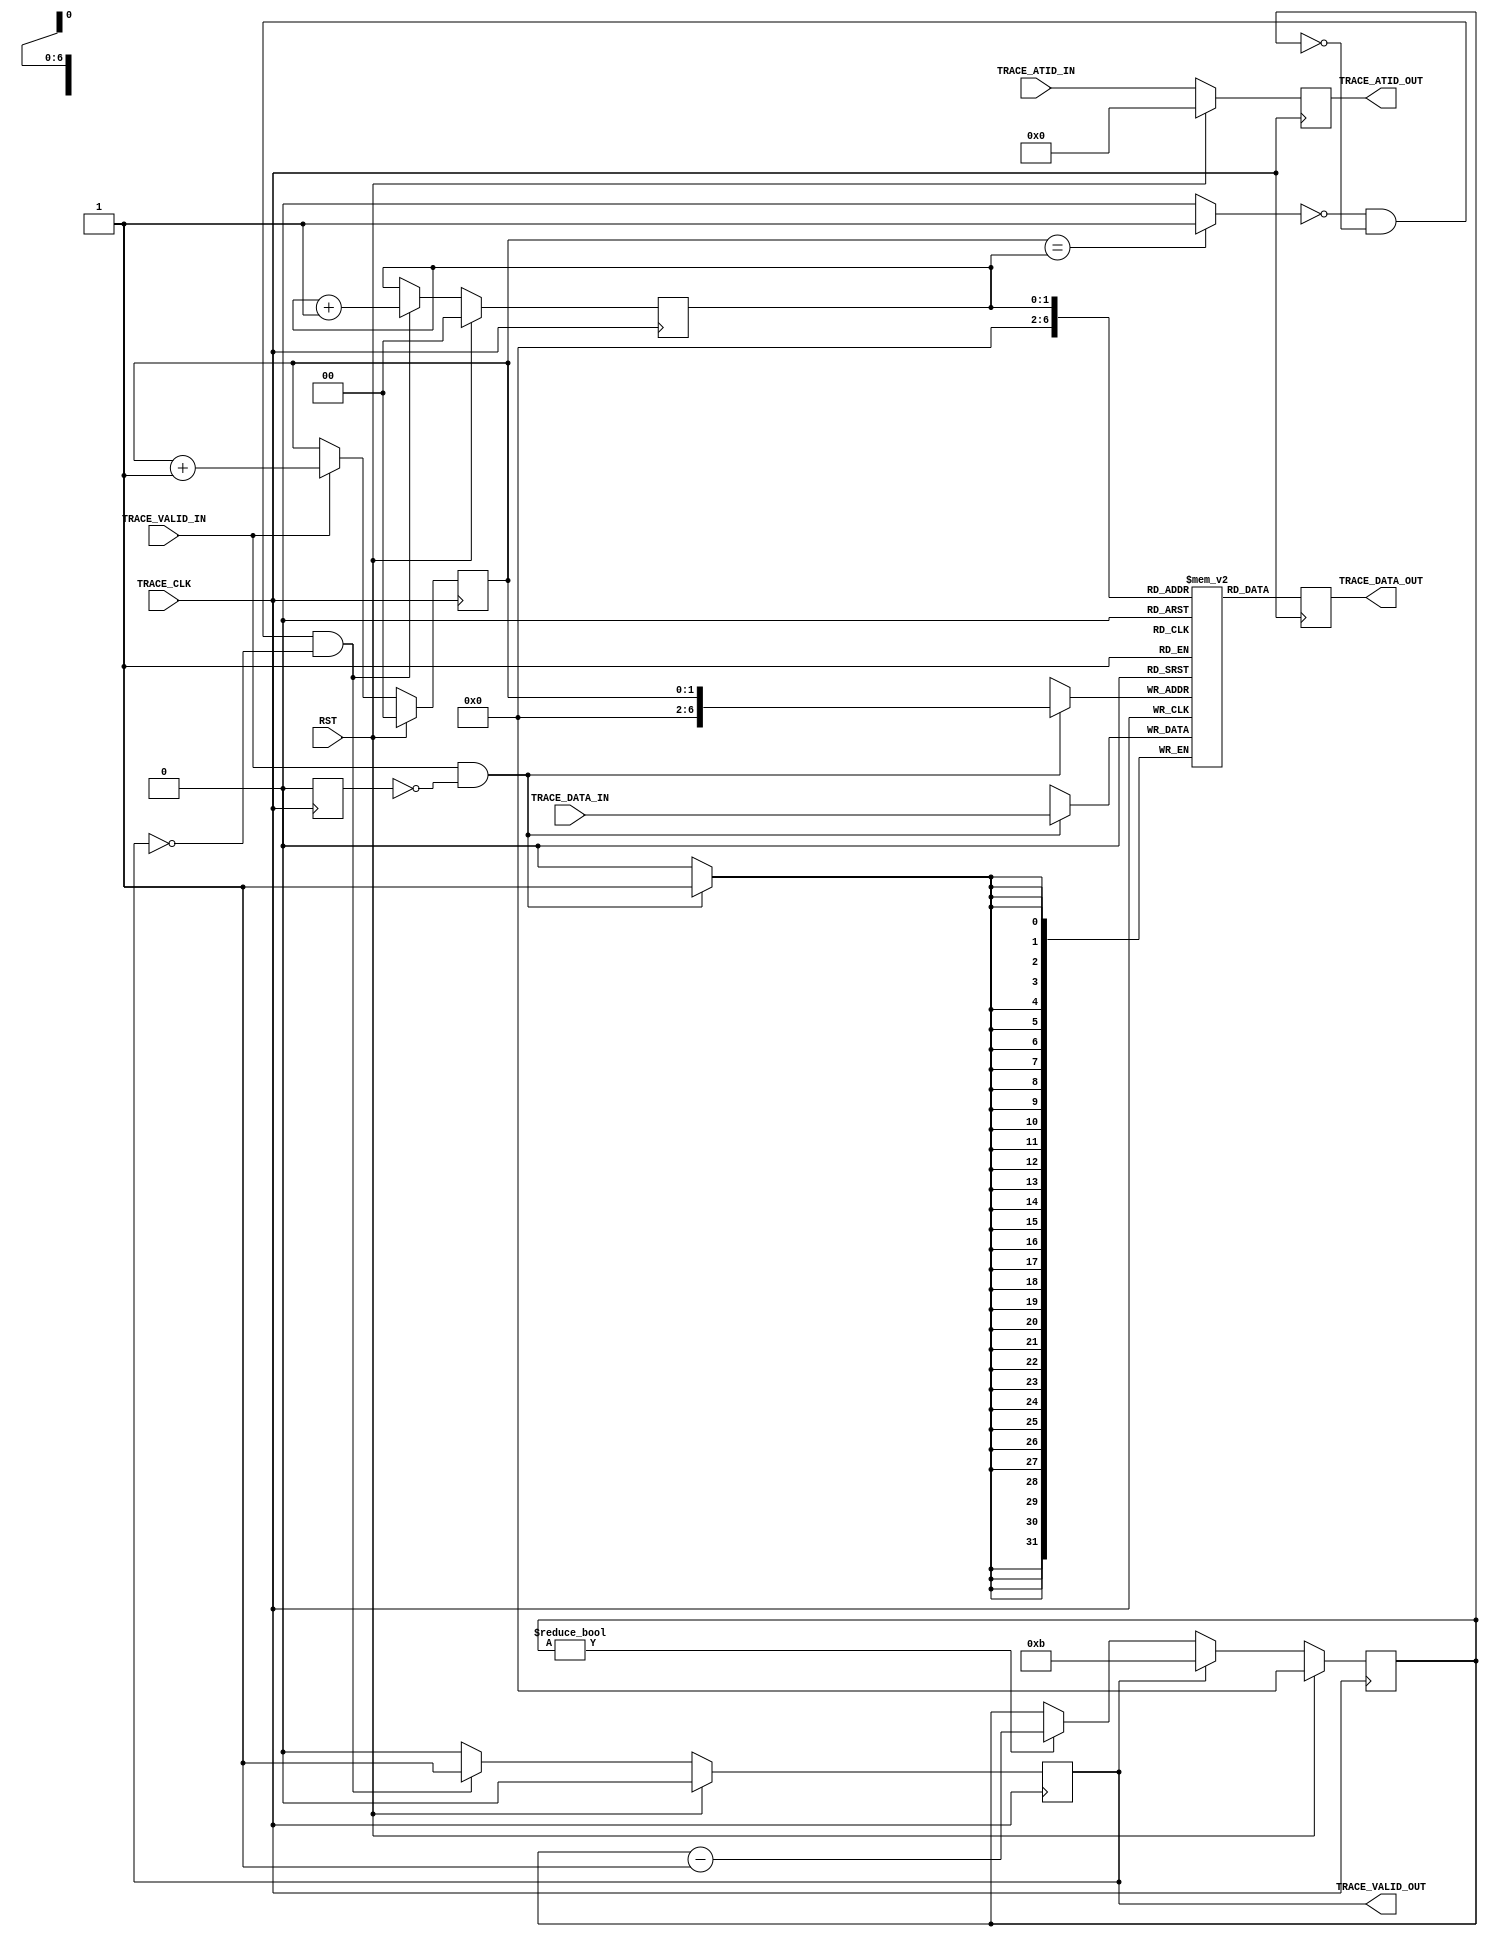
module processing_system7_v5_5_trace_buffer #
  (
   parameter integer FIFO_SIZE = 128,
	parameter integer USE_TRACE_DATA_EDGE_DETECTOR = 0,
   parameter integer C_DELAY_CLKS = 12
   )
  (
   input wire TRACE_CLK,
   input wire RST,
   input wire TRACE_VALID_IN,
   input wire [3:0] TRACE_ATID_IN,
   input wire [31:0] TRACE_DATA_IN,
   output wire TRACE_VALID_OUT,
   output wire [3:0] TRACE_ATID_OUT,
   output wire [31:0] TRACE_DATA_OUT
  );

//------------------------------------------------------------
// Architecture section
//------------------------------------------------------------

// function called clogb2 that returns an integer which has the 
// value of the ceiling of the log base 2.

function integer clogb2 (input integer bit_depth);
 integer i;
 integer temp_log;
 begin
  temp_log = 0;
  for(i=bit_depth; i > 0; i = i>>1)
  clogb2 = temp_log;
  temp_log=temp_log+1;		
 end
endfunction

localparam DEPTH  = clogb2(FIFO_SIZE-1);

wire [31:0] reset_zeros;
reg  [31:0] trace_pedge; // write enable for FIFO
reg  [31:0] ti;
reg  [31:0] tom;

reg  [3:0] atid;

reg [31:0] trace_fifo [FIFO_SIZE-1:0];//Memory 

reg  [4:0]  dly_ctr;
reg  [DEPTH-1:0]  fifo_wp;
reg  [DEPTH-1:0]  fifo_rp;

reg         fifo_re;
wire        fifo_empty;
wire        fifo_full;
reg         fifo_full_reg;

assign reset_zeros = 32'h0;  


// Pipeline Stage for Traceport ATID ports
  always @(posedge TRACE_CLK) begin
    // process pedge_ti
    // rising clock edge
    if((RST == 1'b1)) begin
      atid <= reset_zeros;
    end
    else begin	 
      atid <= TRACE_ATID_IN;
	 end
  end

  assign TRACE_ATID_OUT = atid;
  
  /////////////////////////////////////////////
  // Generate FIFO data based on TRACE_VALID_IN
  /////////////////////////////////////////////
  generate
    if (USE_TRACE_DATA_EDGE_DETECTOR == 0) begin : gen_no_data_edge_detector
  /////////////////////////////////////////////
        
		  // memory update process
		  // Update memory when positive edge detected and FIFO not full
		  always @(posedge TRACE_CLK) begin
				if (TRACE_VALID_IN == 1'b1 && fifo_full_reg != 1'b1) begin
					trace_fifo[fifo_wp]  <= TRACE_DATA_IN;
				end
		  end

		  // fifo write pointer
		  always @(posedge TRACE_CLK) begin
				// process
			 if(RST == 1'b1) begin
				fifo_wp <= {DEPTH{1'b0}};
			 end
			 else if(TRACE_VALID_IN ) begin
				if(fifo_wp == (FIFO_SIZE - 1)) begin
				  if (fifo_empty) begin
					 fifo_wp <= {DEPTH{1'b0}};
				  end
				end
				else begin
				  fifo_wp <= fifo_wp + 1;
				end
			 end
		  end


  /////////////////////////////////////////////
  // Generate FIFO data based on data edge
  /////////////////////////////////////////////
    end else begin : gen_data_edge_detector
  /////////////////////////////////////////////


		  // purpose: check for pos edge on any trace input
		  always @(posedge TRACE_CLK) begin
			 // process pedge_ti
			 // rising clock edge
			 if((RST == 1'b1)) begin
				ti          <= reset_zeros;
				trace_pedge <= reset_zeros;
			 end
			 else begin
				ti          <= TRACE_DATA_IN;
				trace_pedge <= (~ti & TRACE_DATA_IN);
				//trace_pedge <= ((~ti ^ TRACE_DATA_IN)) &  ~ti;
				// posedge only
			 end
		  end
		  
		  // memory update process
		  // Update memory when positive edge detected and FIFO not full
		  always @(posedge TRACE_CLK) begin
			 if(|(trace_pedge)  == 1'b1 && fifo_full_reg != 1'b1) begin
				trace_fifo[fifo_wp]  <= trace_pedge;
			 end
		  end

		  // fifo write pointer
		  always @(posedge TRACE_CLK) begin
				// process
			 if(RST == 1'b1) begin
				fifo_wp <= {DEPTH{1'b0}};
			 end
			 else if(|(trace_pedge)  == 1'b1) begin
				if(fifo_wp == (FIFO_SIZE - 1)) begin
				  if (fifo_empty) begin
					 fifo_wp <= {DEPTH{1'b0}};
				  end
				end
				else begin
				  fifo_wp <= fifo_wp + 1;
				end
			 end
		  end


    end
  endgenerate


  always @(posedge TRACE_CLK) begin
    tom <= trace_fifo[fifo_rp] ;
  end


//  // fifo write pointer
//  always @(posedge TRACE_CLK) begin
//      // process
//    if(RST == 1'b1) begin
//      fifo_wp <= {DEPTH{1'b0}};
//    end
//    else if(|(trace_pedge)  == 1'b1) begin
//      if(fifo_wp == (FIFO_SIZE - 1)) begin
//        fifo_wp <= {DEPTH{1'b0}};
//      end
//      else begin
//        fifo_wp <= fifo_wp + 1;
//      end
//    end
//  end


  // fifo read pointer update
  always @(posedge TRACE_CLK) begin
    if(RST == 1'b1) begin
      fifo_rp <= {DEPTH{1'b0}};
      fifo_re <= 1'b0;
    end
    else if(fifo_empty != 1'b1 && dly_ctr == 5'b00000 && fifo_re == 1'b0) begin
      fifo_re <= 1'b1;
      if(fifo_rp == (FIFO_SIZE - 1)) begin
        fifo_rp <= {DEPTH{1'b0}};
      end
      else begin
        fifo_rp <= fifo_rp + 1;
      end
    end
    else begin
      fifo_re <= 1'b0;
    end
  end
  
  // delay counter update
  always @(posedge TRACE_CLK) begin
    if(RST == 1'b1) begin
      dly_ctr <= 5'h0;
    end
    else if (fifo_re == 1'b1) begin
      dly_ctr <= C_DELAY_CLKS-1;
    end
    else if(dly_ctr != 5'h0) begin
      dly_ctr <= dly_ctr - 1;
    end
  end

  // fifo empty update
  assign fifo_empty = (fifo_wp == fifo_rp) ? 1'b1 : 1'b0;

  // fifo full update
  assign fifo_full = (fifo_wp == FIFO_SIZE-1)? 1'b1 : 1'b0;

  always @(posedge TRACE_CLK) begin
    if(RST == 1'b1) begin
      fifo_full_reg <= 1'b0;
    end
    else if (fifo_empty) begin
      fifo_full_reg <= 1'b0;
	 end else begin	
      fifo_full_reg <= fifo_full;
    end
  end  
  
//  always @(posedge TRACE_CLK) begin
//    if(RST == 1'b1) begin
//      fifo_full_reg <= 1'b0;
//    end
//    else if ((fifo_wp == FIFO_SIZE-1) && (|(trace_pedge) == 1'b1)) begin
//      fifo_full_reg <= 1'b1;
//    end
//	 else begin
//        fifo_full_reg <= 1'b0;
//    end
//  end  
//  
  assign TRACE_DATA_OUT     = tom;
  
  assign TRACE_VALID_OUT    = fifo_re;  
  
  


endmodule